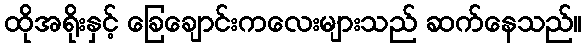
ထိုအရိုးနှင့် ခြေချောင်းကလေးများသည် ဆက်နေသည်။